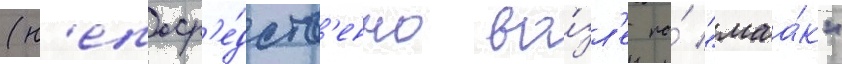
(н'епоср'е́дств'енно во́зл'е по́ "маа́к"